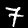
Digit: 7